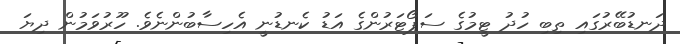
ދަނޑުބޭރުގައި ތިބި ހުދު ޓީމުގެ ސަޕޯޓަރުންގެ އަޑު ކެނޑުނީ އެހިސާބުންނެވެ. ހޫރުވަމުން ދިޔަ